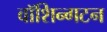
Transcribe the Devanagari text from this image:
वॉशिन्गटन